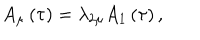
A _ { \mu } \left( \tau \right) = \lambda _ { 2 \mu } A _ { 1 } \left( \tau \right) ,